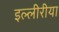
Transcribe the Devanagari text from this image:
इल्लीरीया